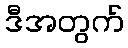
ဒီအတွက်